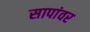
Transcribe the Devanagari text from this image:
सापांवर